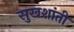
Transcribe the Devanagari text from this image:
सुखशांती